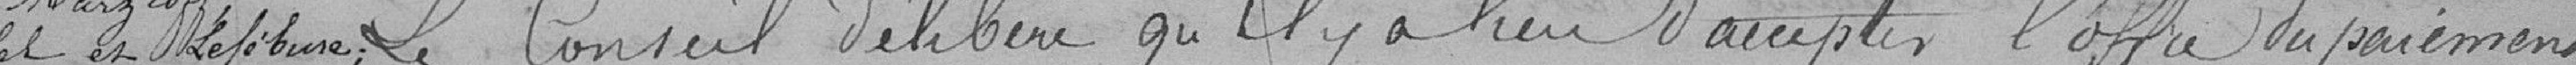
Zaeppfet et Lefèbvre; Le Conseil délibère qu'il y a lieu d'accepter l'offre du paiement